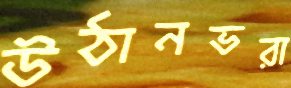
উঠানভরা